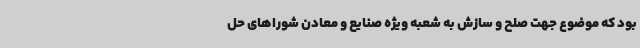
بود که موضوع جهت صلح و سازش به شعبه ویژه صنایع و معادن شوراهای حل